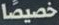
خصيصا